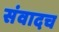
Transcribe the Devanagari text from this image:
संवादच